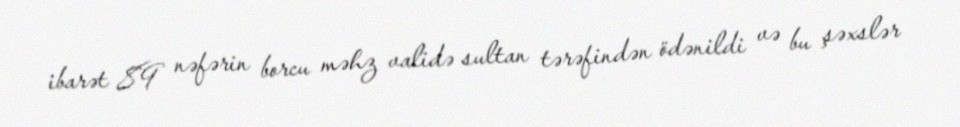
ibarət 89 nəfərin borcu məhz validə sultan tərəfindən ödənildi və bu şəxslər